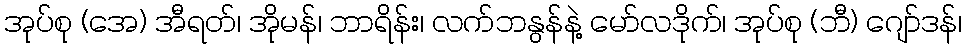
အုပ်စု (အေ) အီရတ်၊ အိုမန်၊ ဘာရိန်း၊ လက်ဘနွန်နဲ့ မော်လဒိုက်၊ အုပ်စု (ဘီ) ဂျော်ဒန်၊